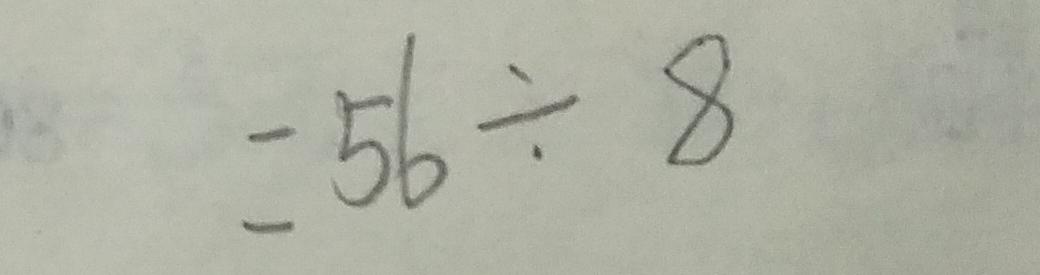
= 5 6 \div 8